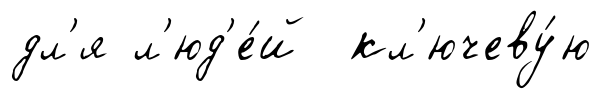
дл'я л'юд'е́й кл'ючеву́ю